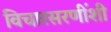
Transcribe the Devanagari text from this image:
विचारसरणींशी